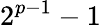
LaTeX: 2^{p-1}-1